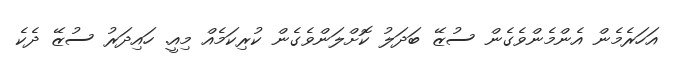
އަހަރެމެން އެންމެންވެގެން ސުޒޭ ބަދަލު ކޮށްލަންވެގެން ކުރިކަމެއް މިއީ. ހައިދަރު ސުޒޭ ދެކެ